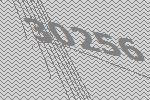
30256